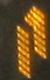
17